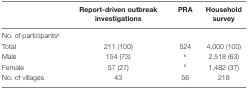
<table><thead><tr><td></td><td><b>Report-driven outbreak investigations</b></td><td><b>PRA</b></td><td><b>Household survey</b></td></tr></thead><tbody><tr><td>No. of participants<sup>a</sup></td><td></td><td></td><td></td></tr><tr><td>Total</td><td>211 (100)</td><td>524</td><td>4,000 (100)</td></tr><tr><td>Male</td><td>154 (73)</td><td><sup>b</sup></td><td>2,518 (63)</td></tr><tr><td>Female</td><td>57 (27)</td><td><sup>b</sup></td><td>1,482 (37)</td></tr><tr><td>No. of villages</td><td>43</td><td>56</td><td>218</td></tr></tbody></table>